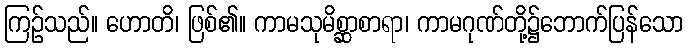
ကြဉ်သည်။ ဟောတိ၊ ဖြစ်၏။ ကာမသုမိစ္ဆာစာရာ၊ ကာမဂုဏ်တို့၌ဘောက်ပြန်သော